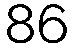
86